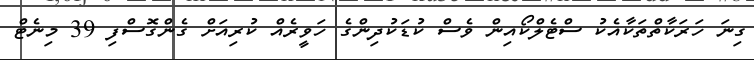
ގިނަ ހަރަކާތްތަކާއެކު ސްޓެލްކޯއިން ވެސް ކުޑަކުދިންގެ ހަވީރެއް ކުރިއަށް ގެންގޮސްފި 39 މިނެޓް